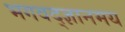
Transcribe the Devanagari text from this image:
भगवद्ज्ञानमय